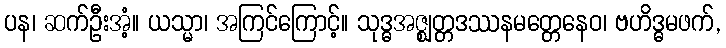
ပန၊ ဆက်ဦးအံ့။ ယသ္မာ၊ အကြင်ကြောင့်။ သုဒ္ဓအဇ္ဈတ္တဒဿနမတ္တေနေဝ၊ ဗဟိဒ္ဓမဖက်,